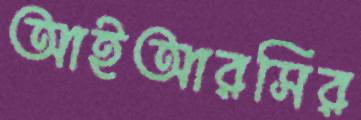
আইআরসির